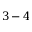
3 - 4